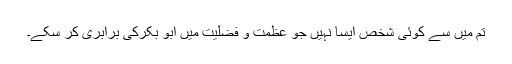
تم میں سے کوئی شخص ایسا نہیں جو عظمت و فضلیت میں ابو بکرکی برابری کر سکے۔